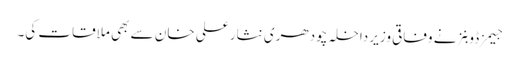
جیمز ڈوبنز نے وفاقی وزیرِ داخلہ چودھری نثار علی خان سے بھی ملاقات کی۔